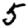
Digit: 5